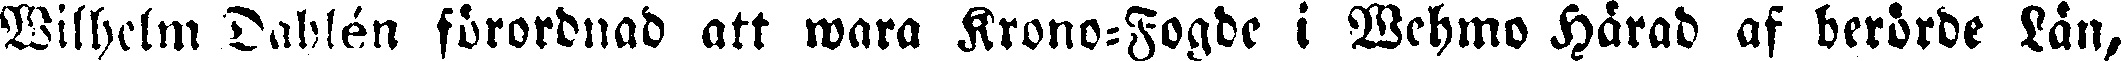
Wilhelm Dahlén förordnad att wara Krono-Fogde i Wehmo Härad af berörde Län,